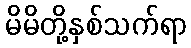
မိမိတို့နှစ်သက်ရာ